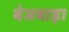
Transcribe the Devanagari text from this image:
बेजबाड़ा